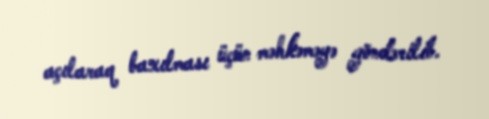
açılaraq baxılması üçün məhkəməyə göndərilib.